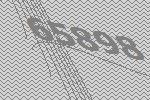
65898